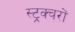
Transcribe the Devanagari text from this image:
स्ट्रक्चरों